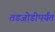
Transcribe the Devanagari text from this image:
तडजोडीपर्यंत